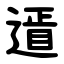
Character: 䢥